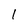
Character: l